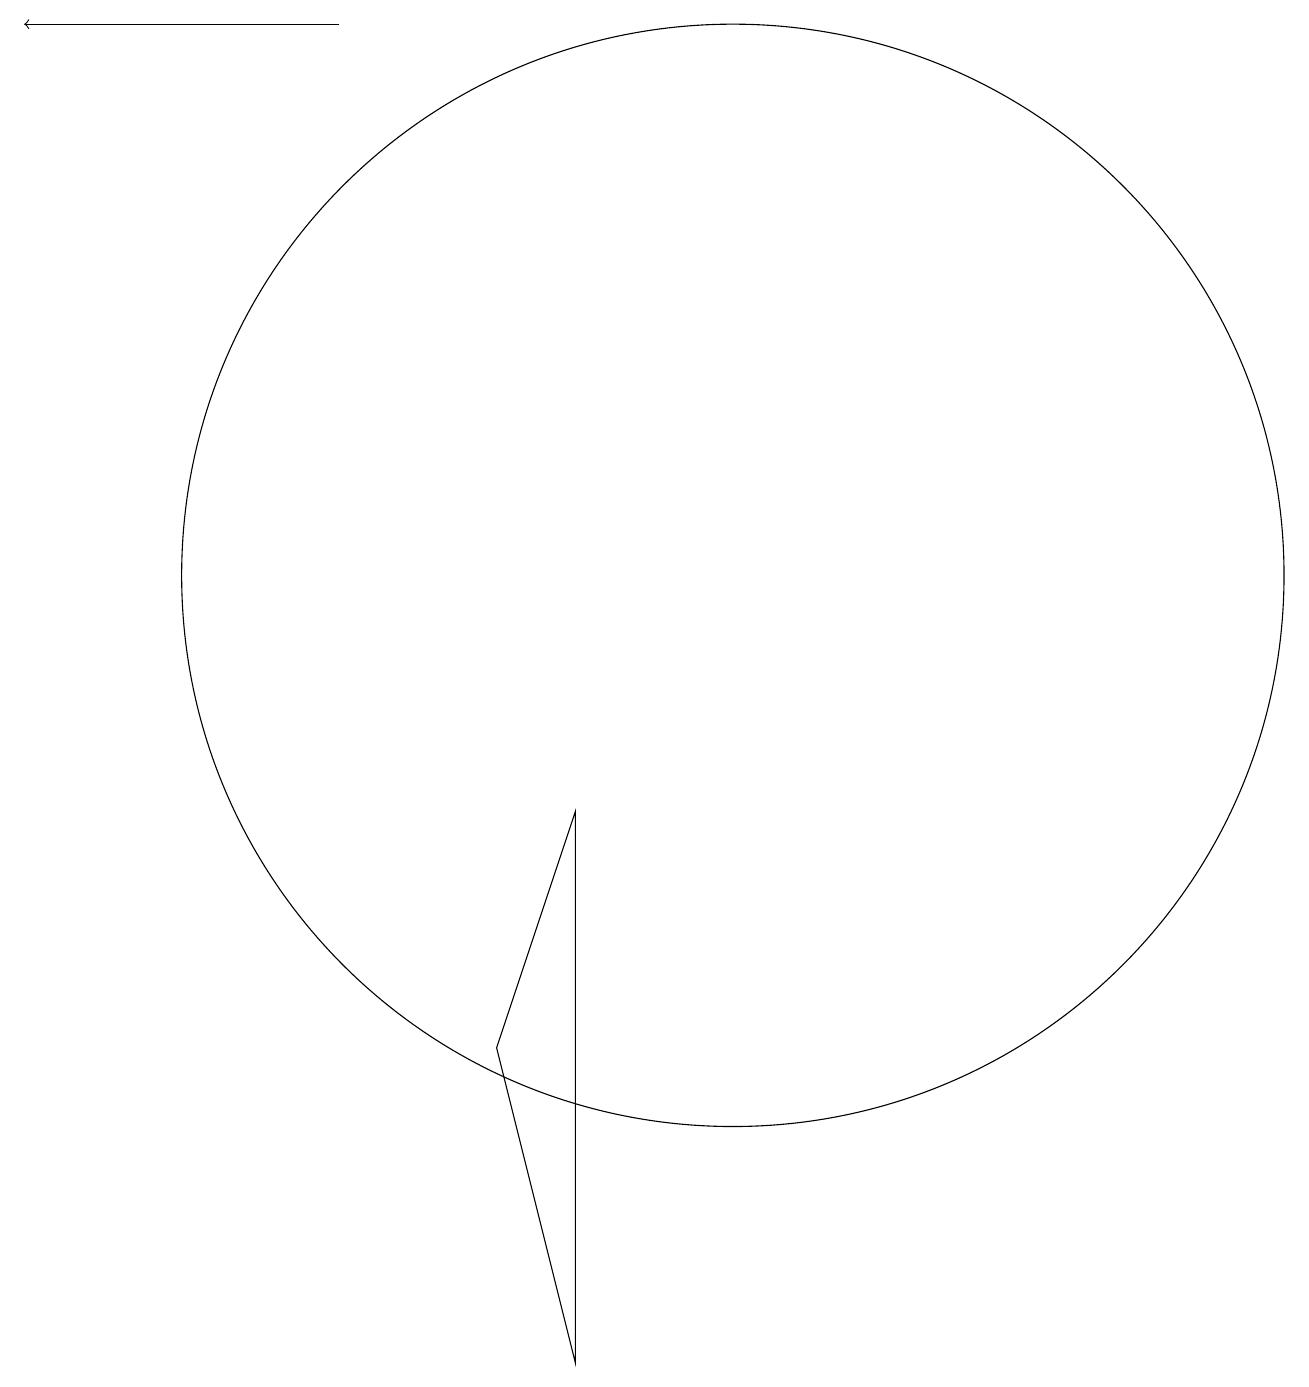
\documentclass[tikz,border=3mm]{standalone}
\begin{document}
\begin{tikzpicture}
\draw (10,11) circle (7);
\draw[->] (5,18) -- (1,18);
\draw (8,1) -- (7,5) -- (8,8) -- cycle;
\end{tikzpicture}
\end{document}